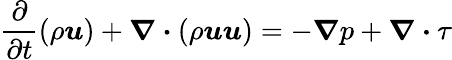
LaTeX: \frac{\partial}{\partial t}(\rho\boldsymbol{u})+\boldsymbol{\nabla\cdot}(\rho\boldsymbol{u}\boldsymbol{u})=-\boldsymbol{\nabla}p+\boldsymbol{\nabla\cdot}\tau